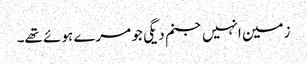
زمین انہیں جنم دیگی جو مرے ہوئے تھے۔